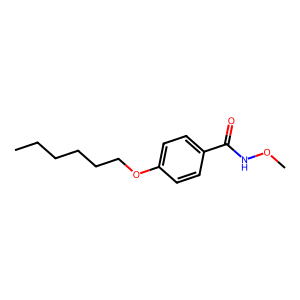
SMILES: CCCCCCOc1ccc(C(=O)NOC)cc1
Inhibits HIV replication: No